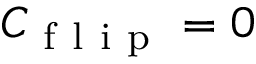
C _ { \mathrm { ~ f ~ l ~ i ~ p ~ } } = 0